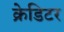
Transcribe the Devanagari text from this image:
क्रेडिटर